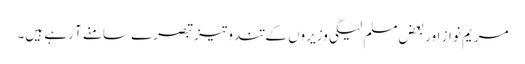
مریم نواز اور بعض مسلم لیگی وزیروں کے تند و تیز تبصرے سامنے آ رہے ہیں۔